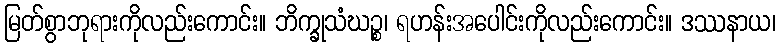
မြတ်စွာဘုရားကိုလည်းကောင်း။ ဘိက္ခုသံဃဉ္စ၊ ရဟန်းအပေါင်းကိုလည်းကောင်း။ ဒဿနာယ၊